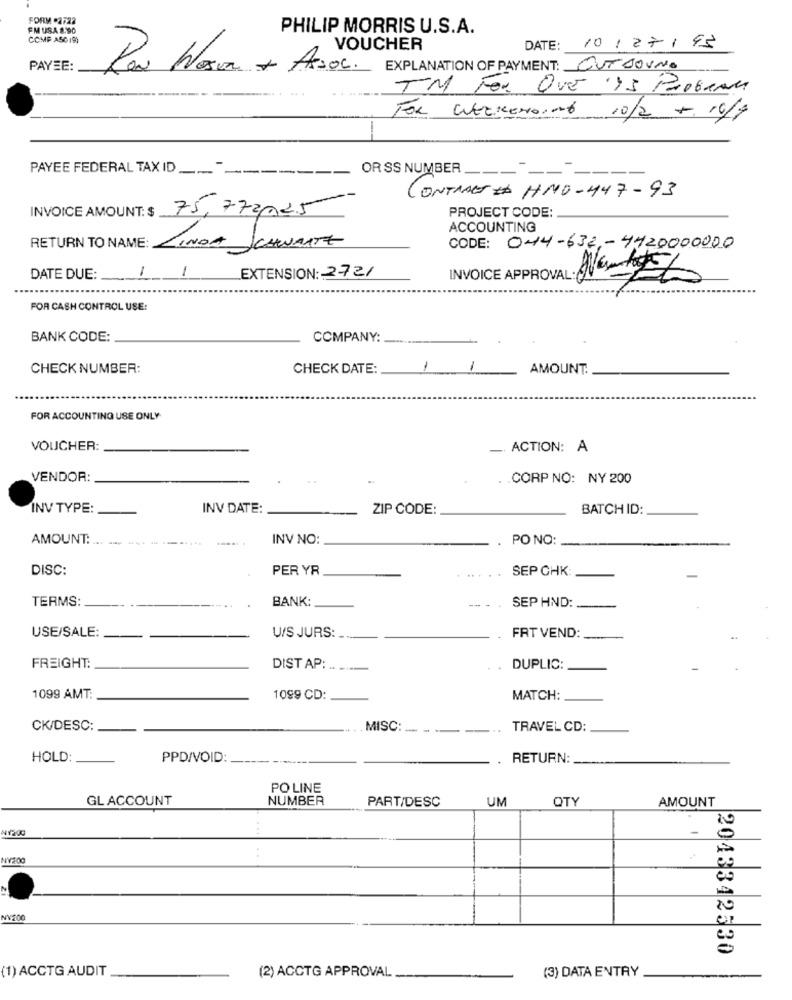
FORM .2722
FM USA 8.90
PHILIP MORRIS U.S.A.
COMP ASC 19)
VOUCHER
DATE: 10/27/93
PAYEE:
Re Hosca + Asoc.
TM FOR QUE IS Proben
FOR WEEKenormt 10/2 + 10/9
-
PAYEE FEDERAL TAX ID
OR SS NUMBER
CONTRACT # HNO-447-93
INVOICE AMOUNT: $ 75, 77202.5
PROJECT CODE:
ACCOUNTING
RETURN TO NAME: LINDA CHURATE
CODE: 044-632 ,- 4420000000
DATE DUE:
1 1
EXTENSION: 2721
FOR CASH CONTROL USE:
BANK CODE:
COMPANY:
CHECK NUMBER:
CHECK DATE:
1
1
AMOUNT.
FOR ACCOUNTING USE ONLY
VOUCHER:
ACTION: A
VENDOR:
-
..
.CORP NO: NY 200
INV TYPE:
INV DATE:
ZIP CODE:
BATCH ID:
AMOUNT:
INV NO:
. PONO:
DISC:
PER YR
SEP CHK:
.
TERMS:
BANK:
SEP HND:
USE/SALE:
U/S JURS:
FRT VEND:
FREIGHT:
DIST AP:
DUPLIC:
1099 AMT:
1099 CD:
MATCH:
CK/DESC:
MISC :----
TRAVEL CD:
HOLD:
PPD/VOID:
. RETURN:
PO LINE
GL ACCOUNT
NUMBER
PART/DESC
UM
OTY
AMOUNT
-
. .
N
NY200
2013342530
(1) ACCTG AUDIT
(3) DATA ENTRY
(2) ACCTG APPROVAL